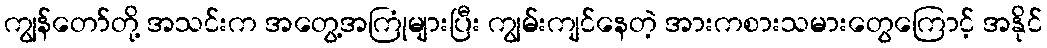
ကျွန်တော်တို့ အသင်းက အတွေ့အကြုံများပြီး ကျွမ်းကျင်နေတဲ့ အားကစားသမားတွေကြောင့် အနိုင်